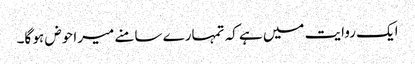
ایک روایت میں ہے کہ تمہارے سامنے میرا حوض ہو گا۔